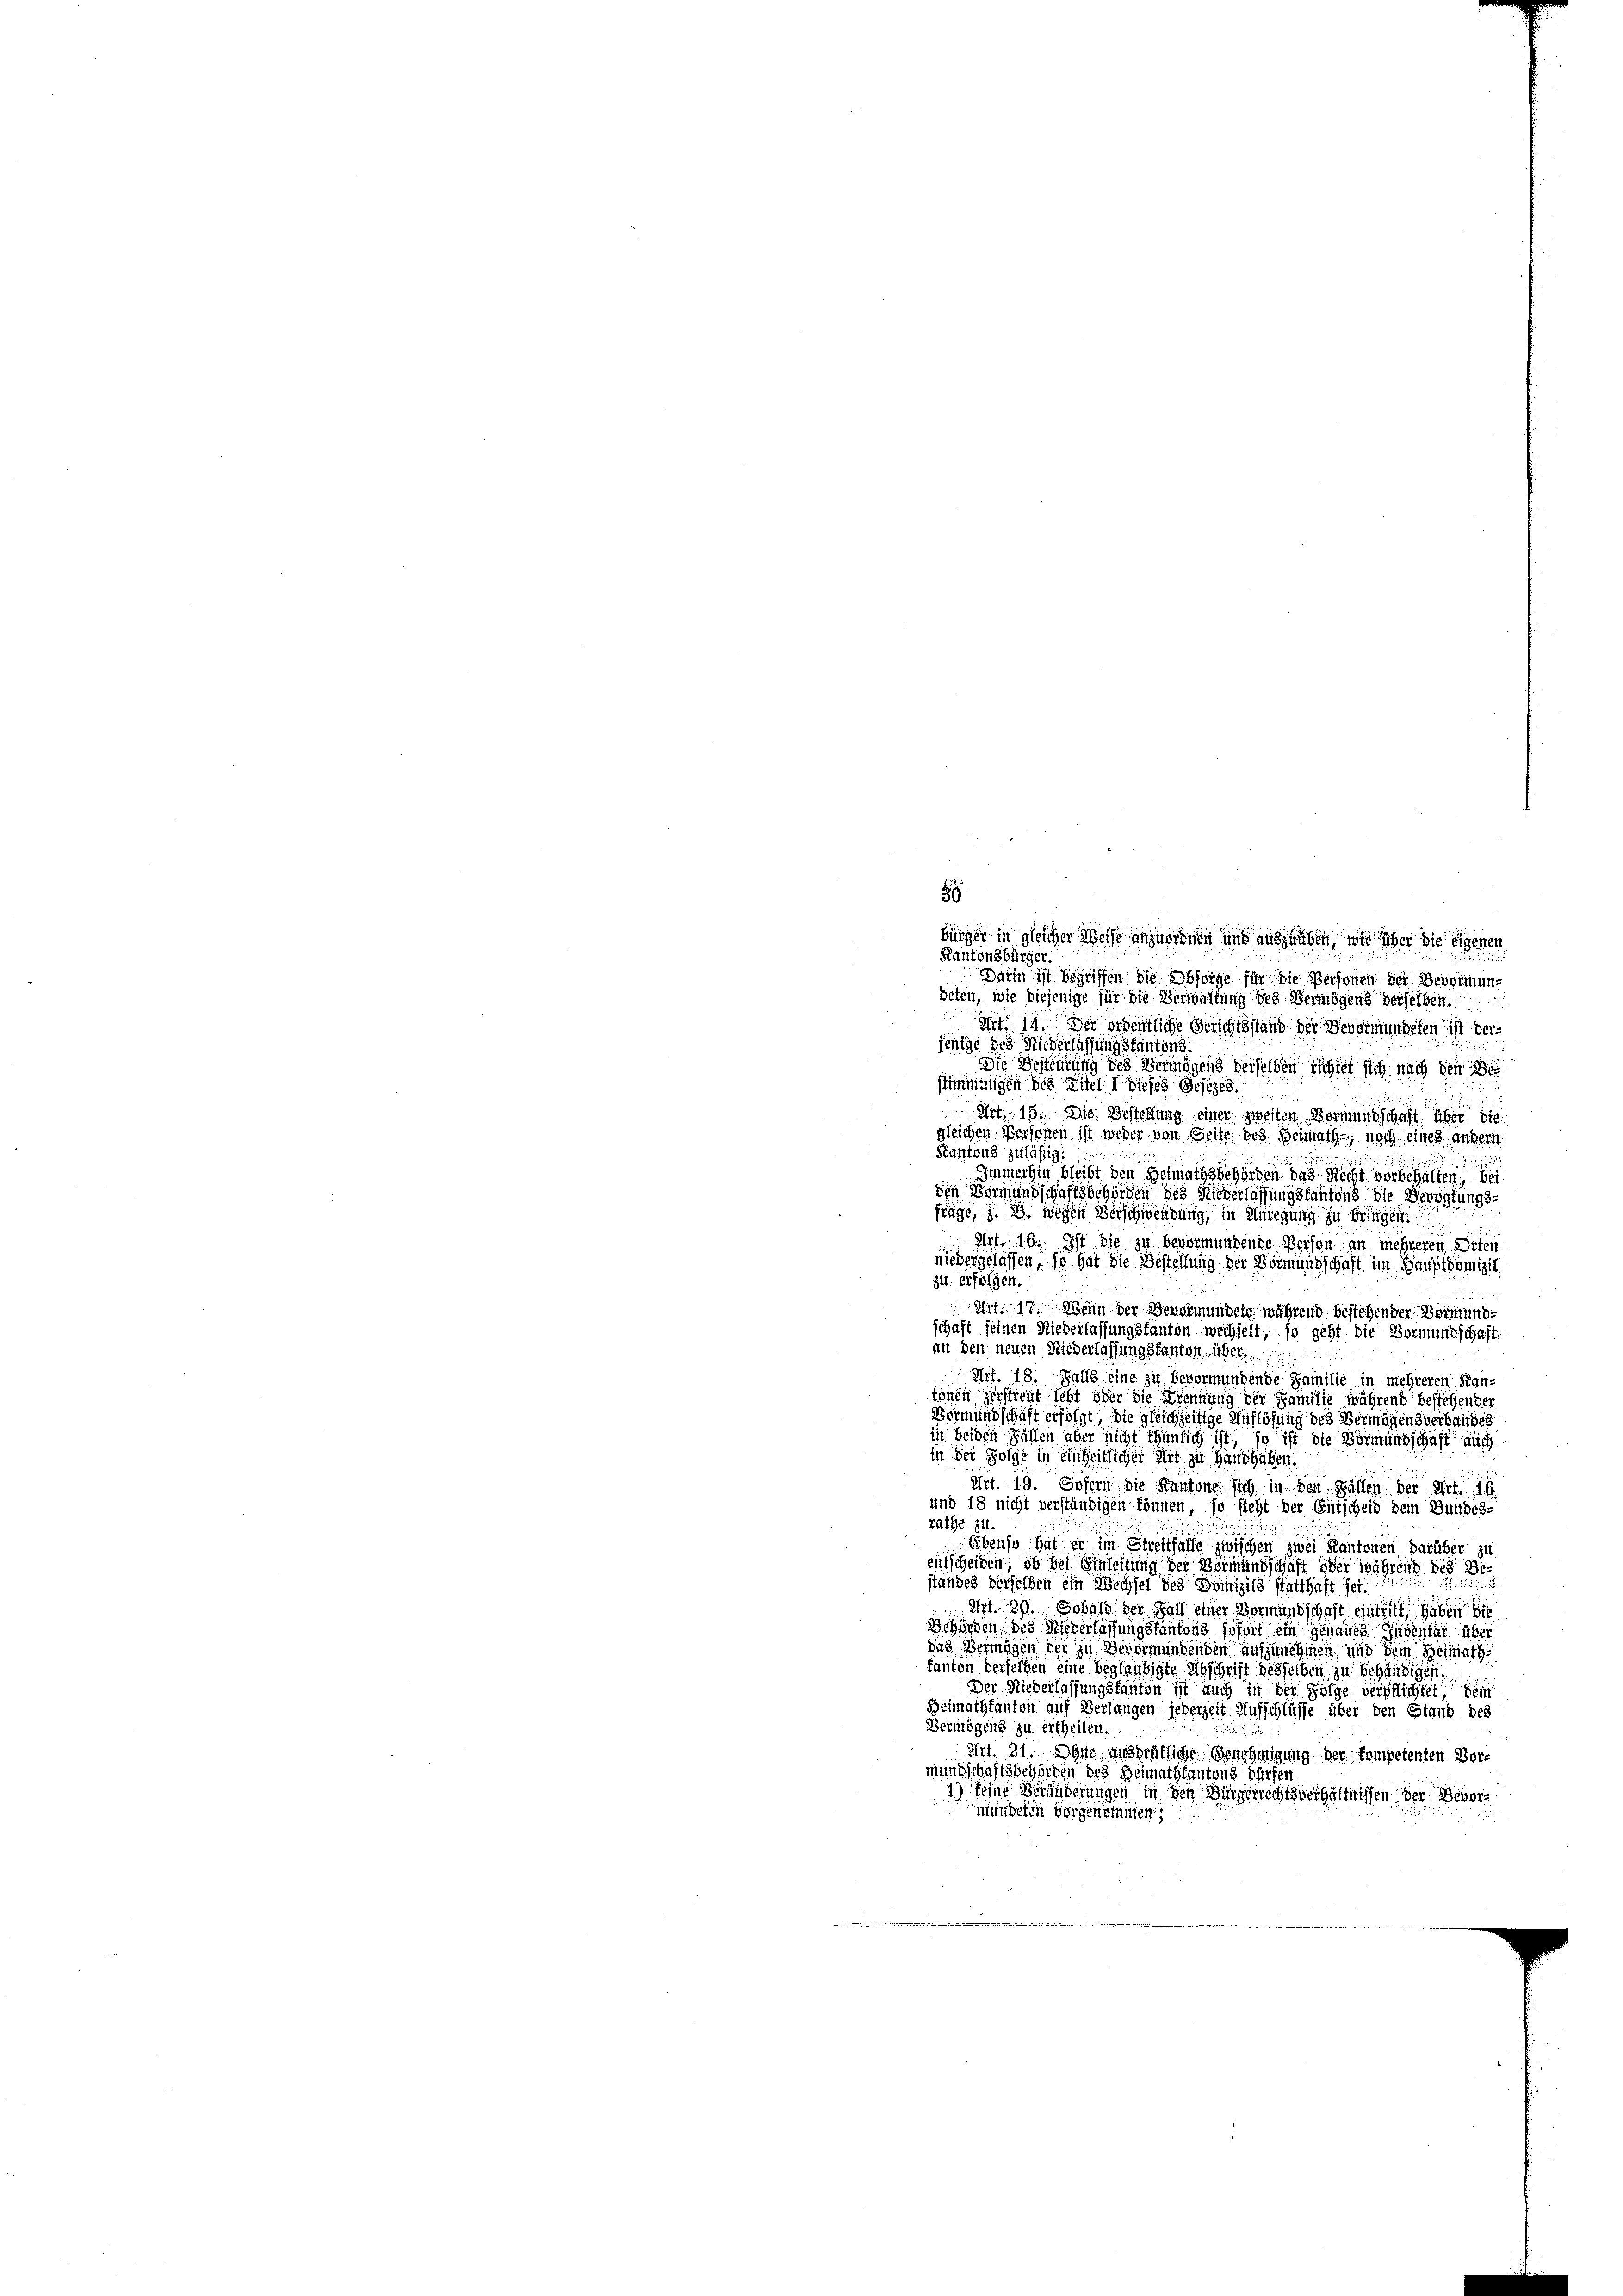
8
bürger in gleicher Weise anzuordnen und auszuüben, wie über die eigenen
Kantonsbürger:
Darin ist begriffen die Obsorge für die Personen der Bevormunbeten, wie diejenige für die Verwaltung des Vermögens derselben
 14. Der ordentliche Gerichtsstand der Bevormundeten ist derjenige des Niederlassung stantons.
Die Besteilung des Vermögens derselben richtet sich nach den
stimmungen des Titel I dieses Gesezes
Art. 15. Die Bestellung einer zweiten Vormundschaft über die
gleichen Personen ist weder von Seite des Heimath, nach eines andern
Kantons zuläßig.
1

Immerhin bleibt den Heimathsbehörden das Recht vorbehalten, bei
den Vormundschaftsbehörden des Niederlassungskantons die Bevogtungsfrage, z. B. wegen Verschwendung, in Anregung zu bringen
Art. 16. Ist die zu bevormundende Person an mehreren Siten
niedergelassen, so hat die Bestellung der Vormundschaft im Hauptdomizil
zu erfolgen.
Art. 17. Wenn der Bevormundete während bestehender Bormundschaft seinen Niederlassungsfanton wechselt, so geht die Vormundschaft
an den neuen Niederlassung stanton über
2
Art. 18. Falls eine zu bevormundende Familie in mehreren Kan-
tönen zerstreut lebt oder die Krennung der Familie während bestehender
Bermundschaft erfolgt, die gleichzeitige Auflösung des Vermögensverbandes
in beiden Fällen aber nicht thunlich ist, so ist die Vormundschaft auch
in der Folge in einheitlicher Art zu Hanshaben
Art. 19. Sofern die Kantone sich in den Fällen der Art. 19
und 18 nicht verständigen können, so steht der Entscheid dem Bundes-
rathe zu.

Ebenso hat er im Streitfalle zwischen zwei Kantonen darüber zu
eutscheiden, ob bei Einleitung der Vormundschaft oder während des Bestandes derselben ein Wechsel des Domizils statthaft jet
Art. 29. Sobald der Fall einer Vormundschaft eintritt haben die
Behörden des Niederlassungskantons sofort ein genaues Inventin über
das Vermögen der zu Bevormundenden aufzunehmen und dem Heimath
kanton derselben eine begläubigte Abschrift desselben zu behändiges.
Der Niederlassungsfanton ist auch in der Folge verpflichtet, dein
Heimathkanton auf Verlangen jederzeit Aufschlüsse über den Stand des
Vermögens zu ertheilen.
Art. 21. Ohne anderätliche Genehmigung der kompetenten Bermundschaftsbehörden des Heimathkantons dürfen
1) keine Behänderungen in den Bürgerrechtsverhältnissen der Bevormündeten vorgentümen;